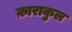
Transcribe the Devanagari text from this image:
क़ाराकुल